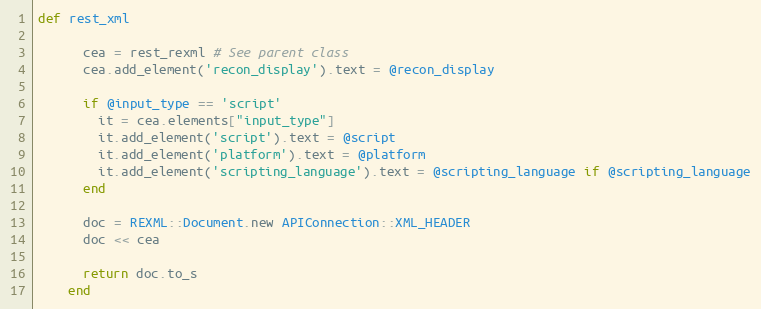
Language: Ruby
def rest_xml

      cea = rest_rexml # See parent class
      cea.add_element('recon_display').text = @recon_display

      if @input_type == 'script'
        it = cea.elements["input_type"]
        it.add_element('script').text = @script
        it.add_element('platform').text = @platform
        it.add_element('scripting_language').text = @scripting_language if @scripting_language
      end

      doc = REXML::Document.new APIConnection::XML_HEADER
      doc << cea

      return doc.to_s
    end